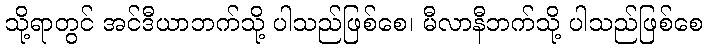
သို့ရာတွင် အင်ဒီယာဘက်သို့ ပါသည်ဖြစ်စေ၊ မီလာနီဘက်သို့ ပါသည်ဖြစ်စေ